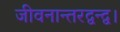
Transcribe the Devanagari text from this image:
जीवनान्तरद्वन्द्व।